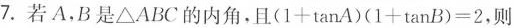
7.若A.B是△ABC的内角.且(1+tanA)(1+tan B)=2,则